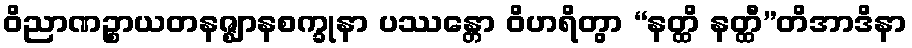
ဝိညာဏဉ္စာယတနဇ္ဈာနစက္ခုနာ ပဿန္တော ဝိဟရိတွာ “နတ္ထိ နတ္ထီ”တိအာဒိနာ